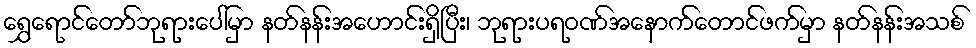
ရွှေရောင်တော်ဘုရားပေါ်မှာ နတ်နန်းအဟောင်းရှိပြီး၊ ဘုရားပရဝဏ်အနောက်တောင်ဖက်မှာ နတ်နန်းအသစ်